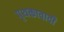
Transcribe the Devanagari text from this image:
पृथक्तावादी